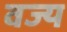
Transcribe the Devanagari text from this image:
वज्य